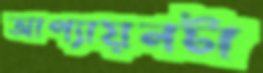
আপ্যায়নটা